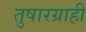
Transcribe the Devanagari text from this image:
तुषारग्राही